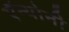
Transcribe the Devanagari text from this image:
ऍन्थोनी